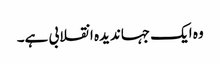
وہ ایک جہاندیدہ انقلابی ہے۔